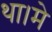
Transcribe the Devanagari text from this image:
था।मे